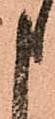
申